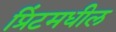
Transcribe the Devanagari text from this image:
प्रिंटमधील